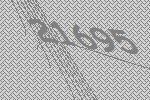
21695